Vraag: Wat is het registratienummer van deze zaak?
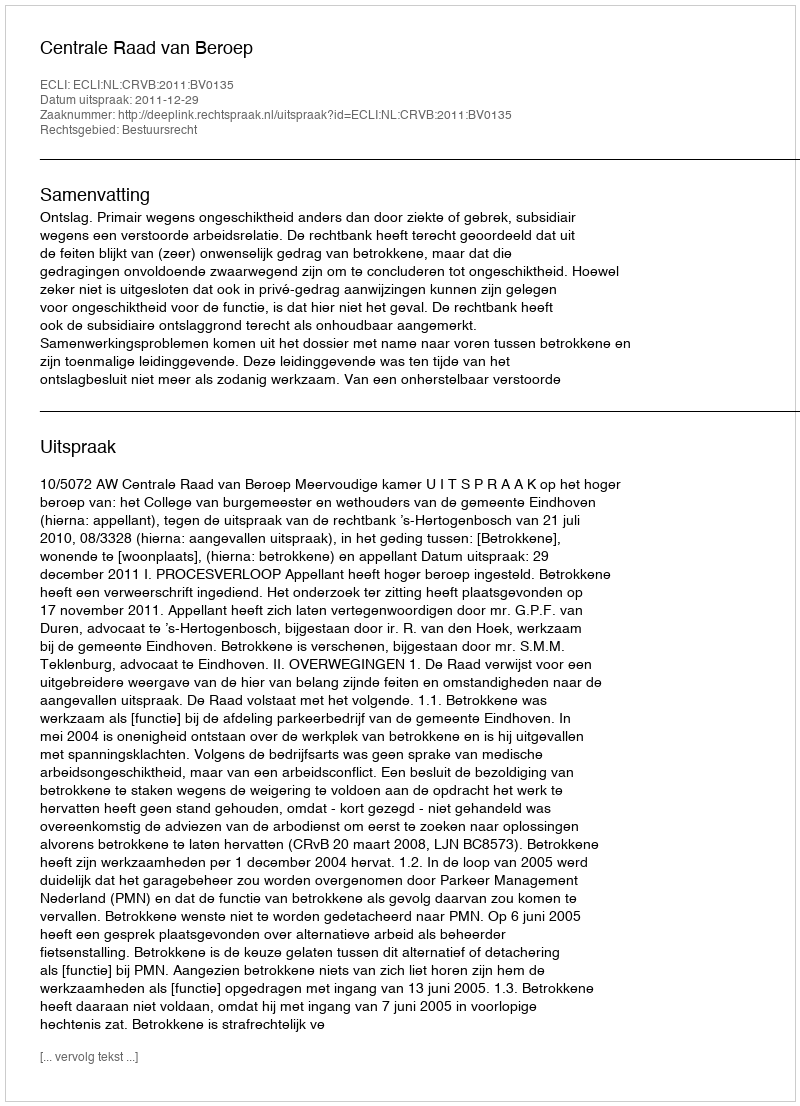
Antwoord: http://deeplink.rechtspraak.nl/uitspraak?id=ECLI:NL:CRVB:2011:BV0135